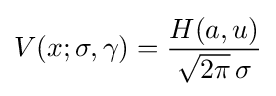
V(x;\sigma ,\gamma )={\frac {H(a,u)}{{\sqrt {2\pi }}\,\sigma }}